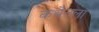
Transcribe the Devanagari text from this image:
कथेतला